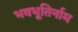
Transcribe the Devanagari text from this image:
भवभूतिर्नाम